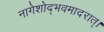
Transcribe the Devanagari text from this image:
नागेशोद्भवमादरात्‌।